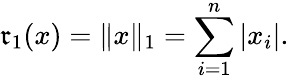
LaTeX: \mathfrak{r}_{1}(x)=\| x\| _{1}=\sum_{i=1}^{n}|x_{i}|.